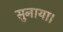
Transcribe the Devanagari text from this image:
सुनाया।